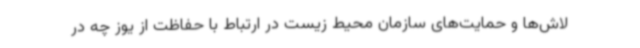
لاش‌ها و حمایت‌های سازمان محیط زیست در ارتباط با حفاظت از یوز چه در